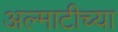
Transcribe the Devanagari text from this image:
अल्माटीच्या